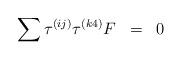
LaTeX: \begin{align*}\sum \tau^{(ij)} \tau^{(k4)} F \;\; =\;\; 0 \end{align*}